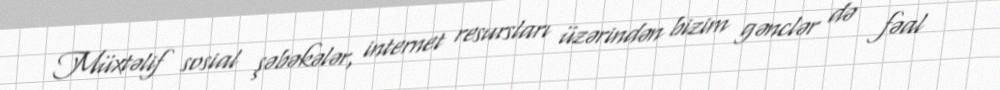
Müxtəlif sosial şəbəkələr, internet resursları üzərindən bizim gənclər də fəal